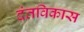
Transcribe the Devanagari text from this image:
दंतविकास